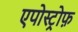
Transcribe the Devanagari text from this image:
एपोस्ट्रोफ़